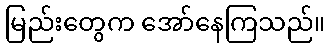
မြည်းတွေက အော်နေကြသည်။